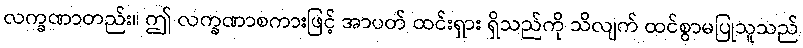
လက္ခဏာတည်း။ ဤ လက္ခဏာစကားဖြင့် အာပတ် ထင်းရှား ရှိသည်ကို သိလျက် ထင်စွာမပြုသူသည်